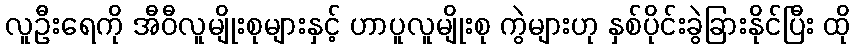
လူဦးရေကို အီဝီလူမျိုးစုများနှင့် ဟာပူလူမျိုးစု ကွဲများဟု နှစ်ပိုင်းခွဲခြားနိုင်ပြီး ထို